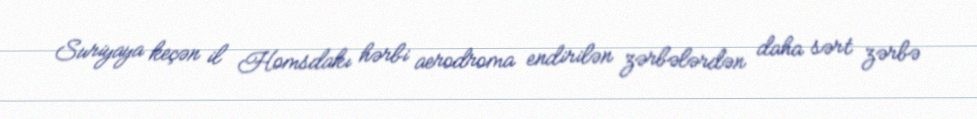
Suriyaya keçən il Homsdakı hərbi aerodroma endirilən zərbələrdən daha sərt zərbə